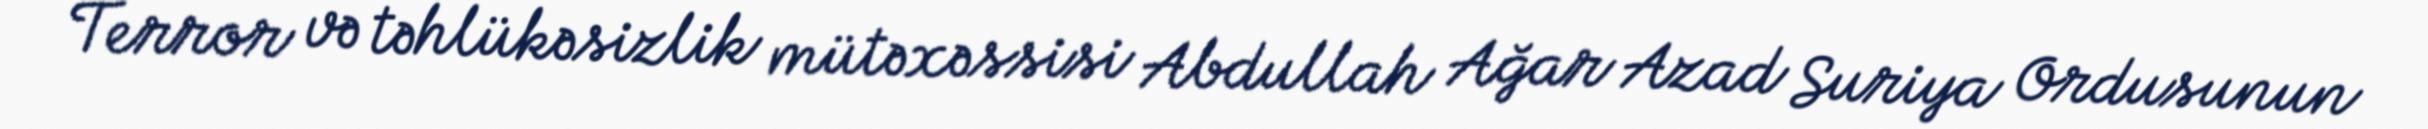
Terror və təhlükəsizlik mütəxəssisi Abdullah Ağar Azad Suriya Ordusunun